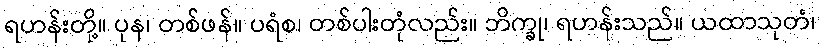
ရဟန်းတို့။ ပုန၊ တစ်ဖန်။ ပရံစ၊ တစ်ပါးတုံလည်း။ ဘိက္ခု၊ ရဟန်းသည်။ ယထာသုတံ၊